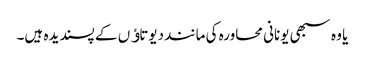
یا وہ سبھی یونانی محاورہ کی مانند دیوتاﺅں کے پسندیدہ ہیں۔